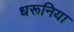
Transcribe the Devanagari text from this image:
धरूनिया